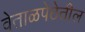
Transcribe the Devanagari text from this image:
वेताळपेठेतील